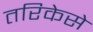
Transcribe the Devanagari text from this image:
तरिकेसे